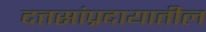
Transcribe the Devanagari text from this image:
दत्तसांप्रदायातील